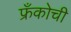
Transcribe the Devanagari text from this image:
फ्रँकोची